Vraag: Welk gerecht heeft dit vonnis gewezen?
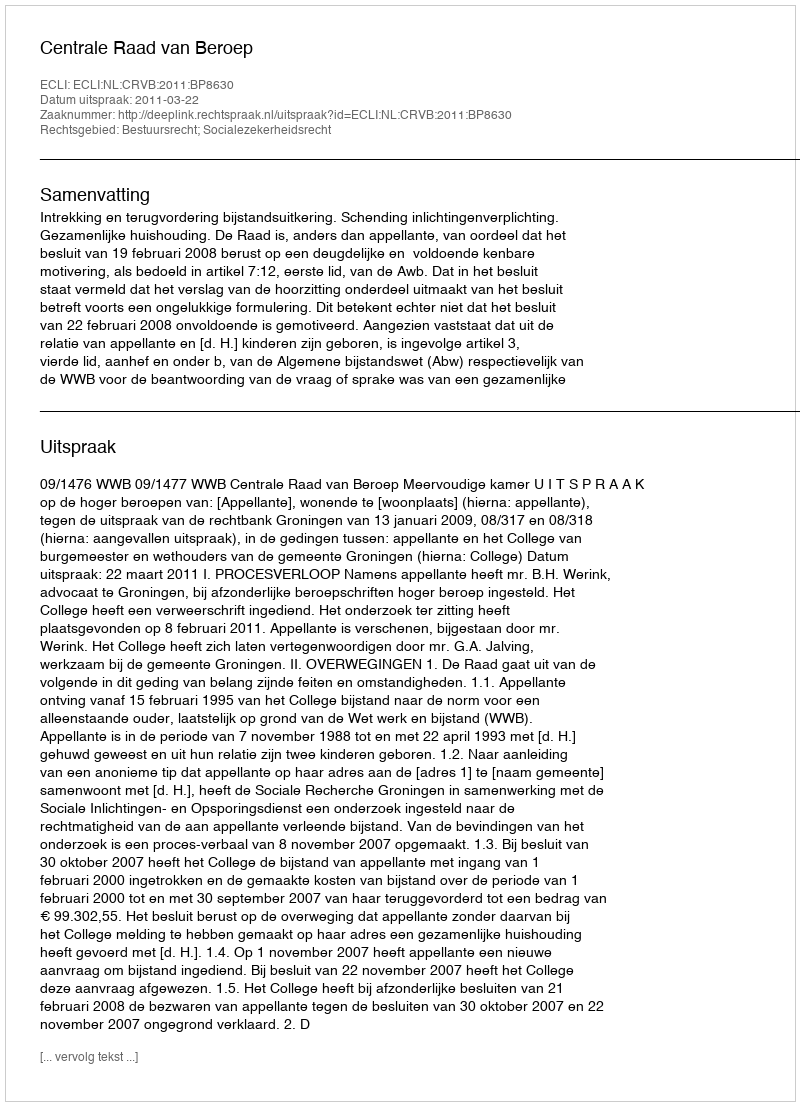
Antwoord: Centrale Raad van Beroep